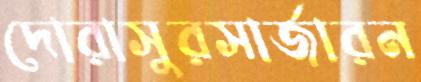
দোরাসুরসার্জারন